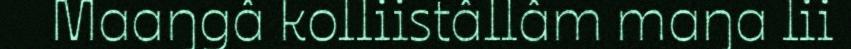
Maaŋgâ kolliistâllâm maŋa lii